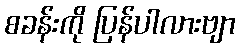
စခန်းကို ပြန်ပါလားဗျာ